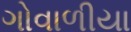
ગોવાળીયા